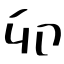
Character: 卯